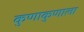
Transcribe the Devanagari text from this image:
कुणाकुणाला